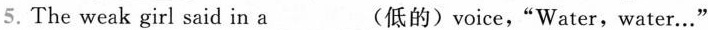
5. The weak girl said in a___(低的) voice,"Water,water…"